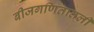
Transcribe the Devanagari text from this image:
बीजगणितातली